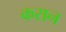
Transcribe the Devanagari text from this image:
करान